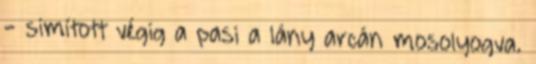
- simított végig a pasi a lány arcán mosolyogva.